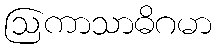
ဩကာသာဓိဂမာ